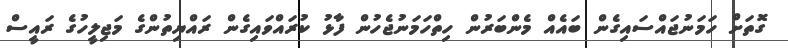
ގޮތަށް ހަމަނުޖައްސައިގެން ބައެއް މެންބަރުން ހިތްހަމަނުޖެހުން ފާޅު ކުރައްވައިގެން ރައްޔިތުންގެ މަޖިލީހުގެ ރައީސް